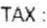
TAX :